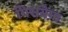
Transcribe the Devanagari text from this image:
गिरायेगा